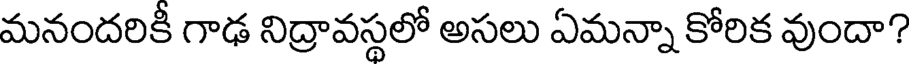
మనందరికీ గాఢ నిద్రావస్థలో అసలు ఏమన్నా కోరిక వుందా?